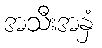
အသီးအနှံ